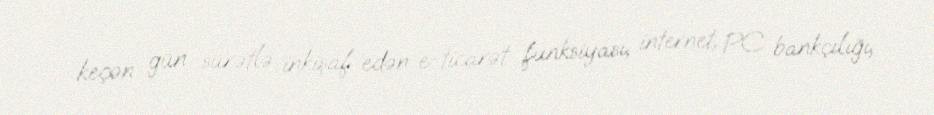
keçən gün sürətlə inkişaf edən e-ticarət funksiyası, internet, PC bankçılığı,